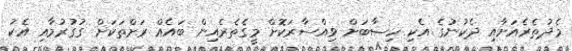
މެދުތެރެއަށާއި ދެކުނުގެ އެކި ހިސާބަށް ވިއްސާރަކޮށް މީގެތެރެއިން ބައެއް ރަށްތަކަށް ގުގުރުމާއި އެކު